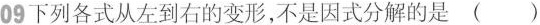
09 下列各式从左到右的变形，不是因式分解的是()